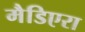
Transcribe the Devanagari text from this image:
मैडिएरा